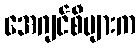
အေဂျင်စီများက